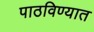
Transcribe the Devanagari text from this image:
पाठविण्‍यात